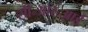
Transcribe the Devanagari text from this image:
सी॰आर॰आई